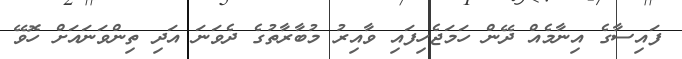
ފައިސާގެ އިނާމެއް ދޭން ހަމަޖެހިފައި ވާއިރު މުބާރާތުގެ ދެވަނަ އަދި ތިންވަނައަށް ހޮވޭ